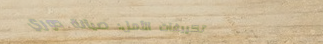
تكييفات الأمل: صيانة دوري